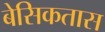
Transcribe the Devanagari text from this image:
बेसिकतास